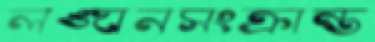
লঙ্ঘনসংক্রান্ত